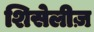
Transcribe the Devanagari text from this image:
शिसेलीज़